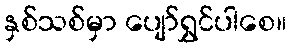
နှစ်သစ်မှာ ပျော်ရွှင်ပါစေ။